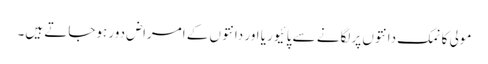
مولی کا نمک دانتوں پرلگانے سے پائیوریا اور دانتوں کے امراض دور ہوجاتے ہیں۔